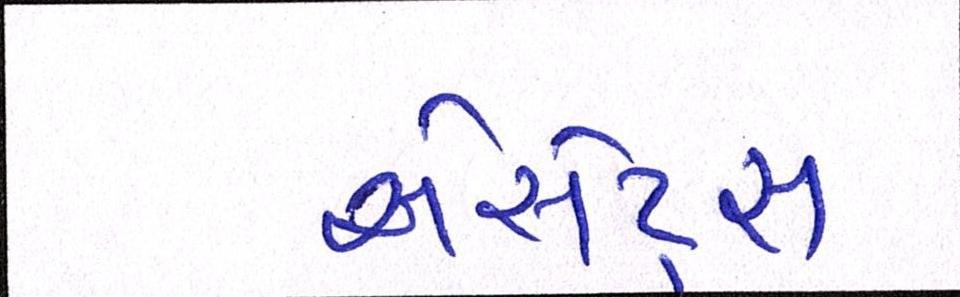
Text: એસેટ્સ